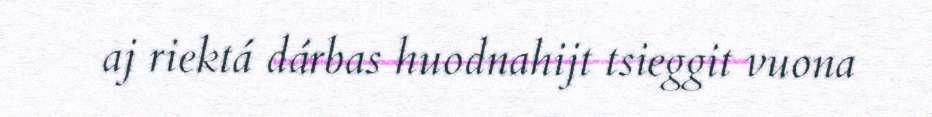
aj riektá dárbas huodnahijt tsieggit vuona